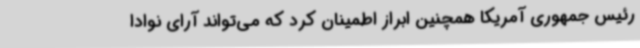
رئیس جمهوری آمریکا همچنین ابراز اطمینان کرد که می‌تواند آرای نوادا